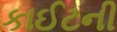
કાઈટની